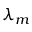
\lambda _ { m }